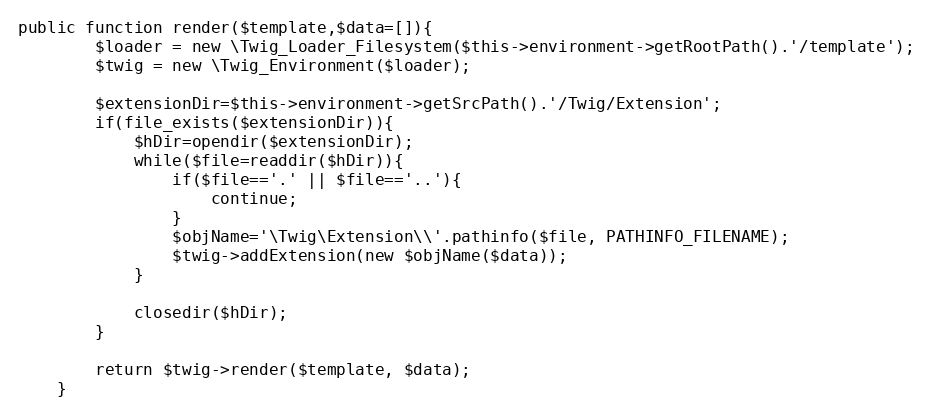
Language: PHP
public function render($template,$data=[]){
		$loader = new \Twig_Loader_Filesystem($this->environment->getRootPath().'/template');
		$twig = new \Twig_Environment($loader);

		$extensionDir=$this->environment->getSrcPath().'/Twig/Extension';
		if(file_exists($extensionDir)){
			$hDir=opendir($extensionDir);
			while($file=readdir($hDir)){
				if($file=='.' || $file=='..'){
					continue;
				}
				$objName='\Twig\Extension\\'.pathinfo($file, PATHINFO_FILENAME);
				$twig->addExtension(new $objName($data));
			}

			closedir($hDir);
		}

		return $twig->render($template, $data);
	}